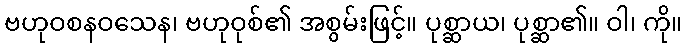
ဗဟုဝစနဝသေန၊ ဗဟုဝုစ်၏ အစွမ်းဖြင့်။ ပုစ္ဆာယ၊ ပုစ္ဆာ၏။ ဝါ၊ ကို။